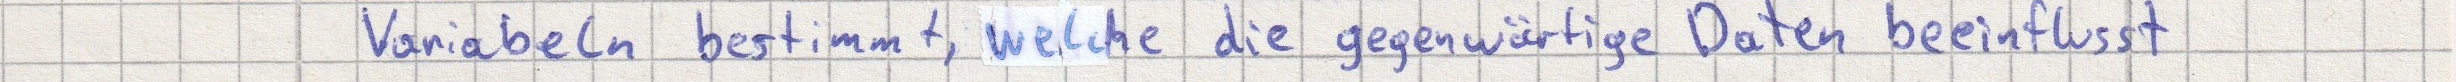
Variablen bestimmt, welche die gegenwärtige Daten beeinflusst